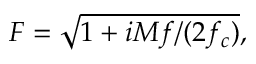
F = \sqrt { 1 + i M f / ( 2 f _ { c } ) } ,